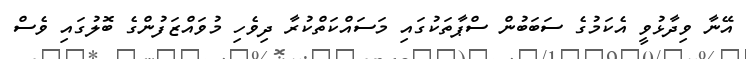
އޭނާ ވިދާޅުވީ އެކަމުގެ ސަބަބުން ސްޕާތަކުގައި މަސައްކަތްކުރާ ދިވެހި މުވައްޒަފުންގެ ބޮލުގައި ވެސް